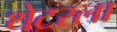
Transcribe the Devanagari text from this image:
थेटरला